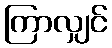
ကြာလျှင်